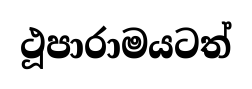
ථූපාරාමයටත්